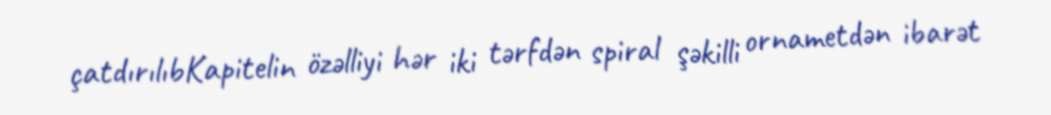
çatdırılıbKapitelin özəlliyi hər iki tərfdən spiral şəkilli ornametdən ibarət